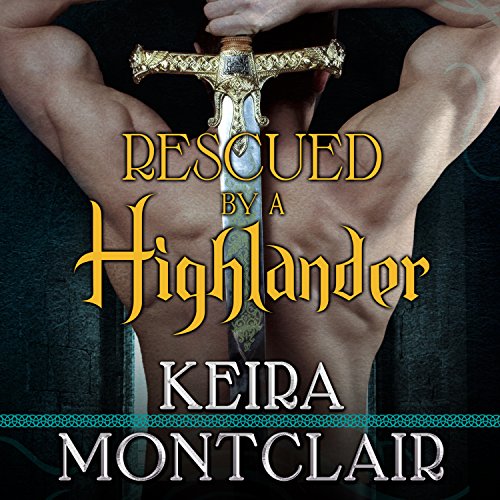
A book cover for Rescued by a Highlander: Clan Grant, Book 1; Keira Montclair; Romance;